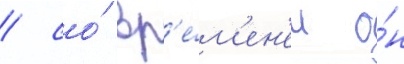
/ со́ вр'е́м'ен'ем о́н